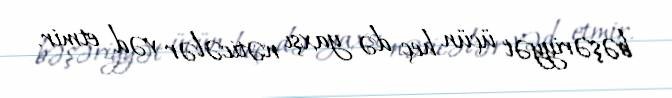
bəşəriyyət üçün heç də yaxşı nəticələr vəd etmir.